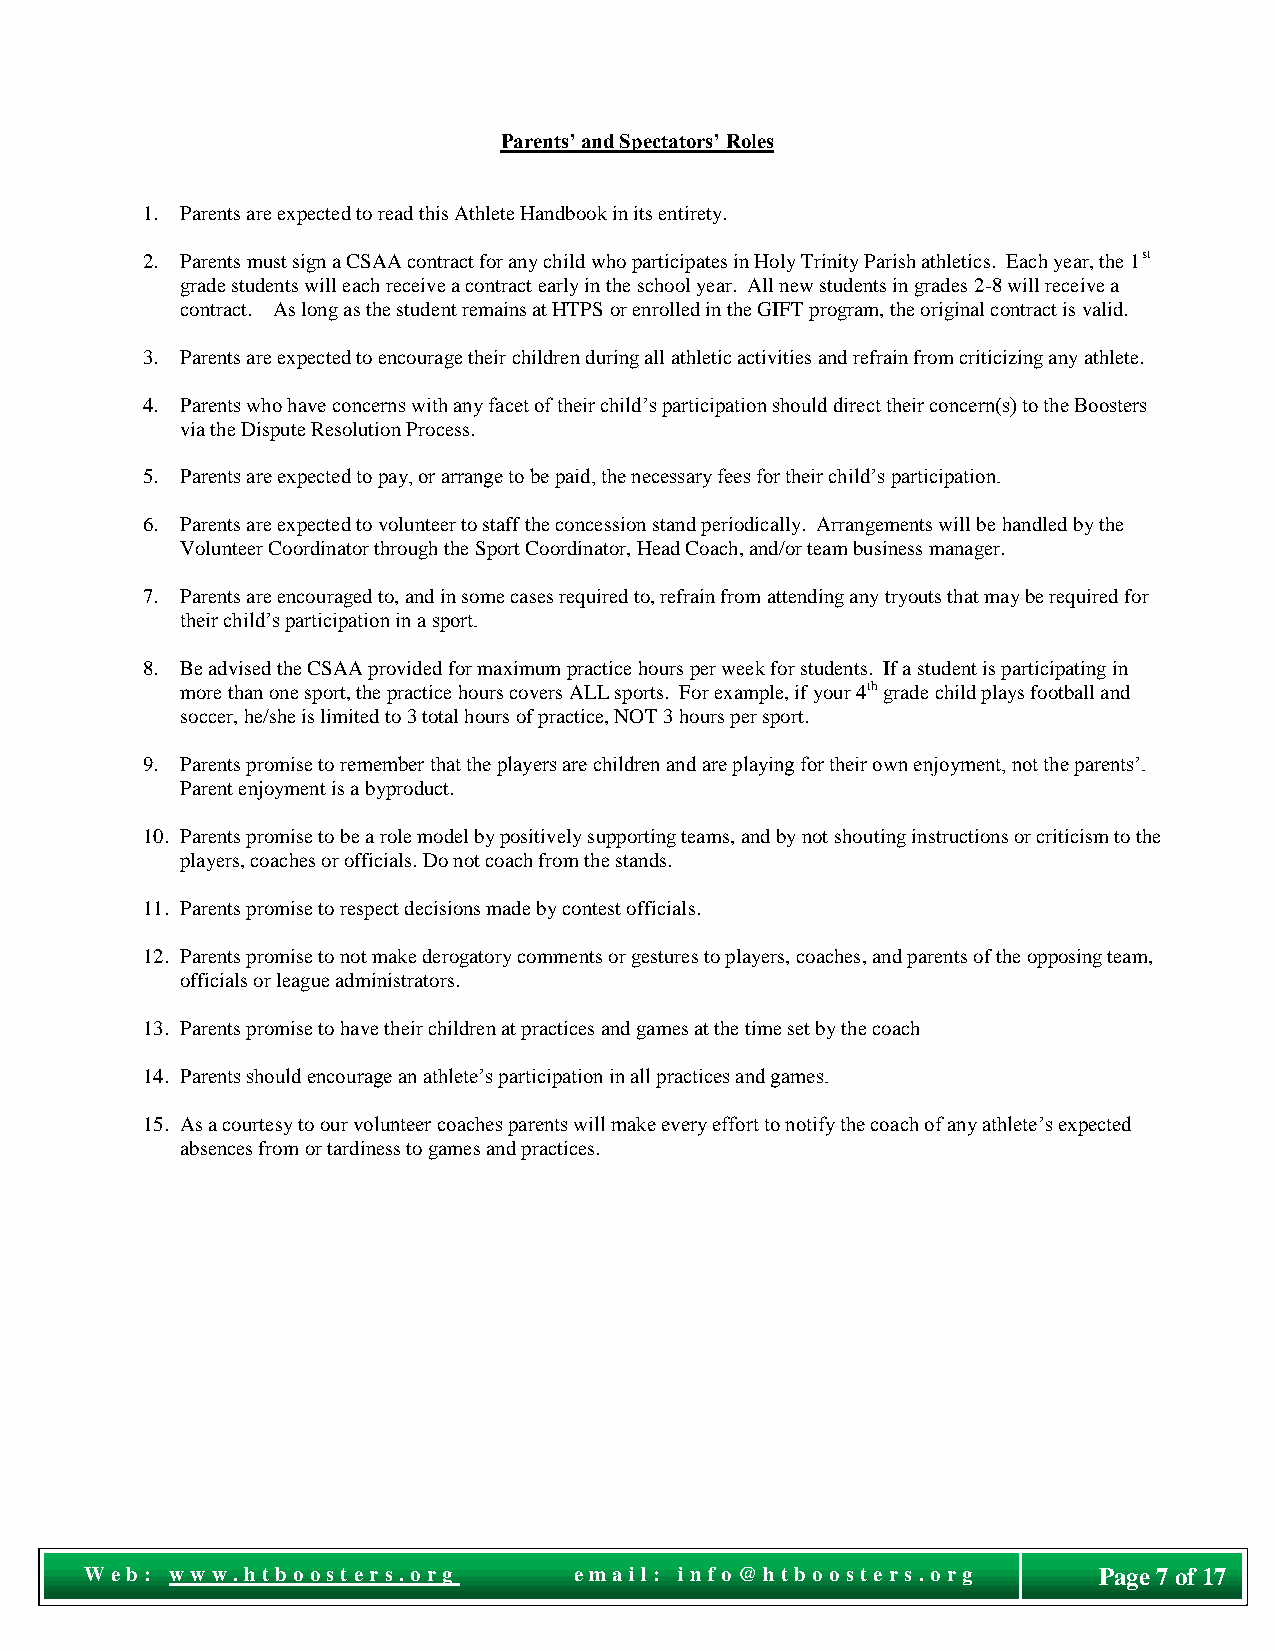
Parents’ and Spectators’ Roles
 1. Parents are expected to read this Athlete Handbook in its entirety.
 2. Parents must sign a CSAA contract for any child who participates in Holy Trinity Parish athletics. Each year, the 1st
 grade students will each receive a contract early in the school year. All new students in grades 2-8 will receive a
 contract. As long as the student remains at HTPS or enrolled in the GIFT program, the original contract is valid.
 3. Parents are expected to encourage their children during all athletic activities and refrain from criticizing any athlete.
 4. Parents who have concerns with any facet of their child’s participation should direct their concern(s) to the Boosters
 via the Dispute Resolution Process.
 5. Parents are expected to pay, or arrange to be paid, the necessary fees for their child’s participation.
 6. Parents are expected to volunteer to staff the concession stand periodically. Arrangements will be handled by the
 Volunteer Coordinator through the Sport Coordinator, Head Coach, and/or team business manager.
 7. Parents are encouraged to, and in some cases required to, refrain from attending any tryouts that may be required for
 their child’s participation in a sport.
 8. Be advised the CSAA provided for maximum practice hours per week for students. If a student is participating in
 more than one sport, the practice hours covers ALL sports. For example, if your 4th grade child plays football and
 soccer, he/she is limited to 3 total hours of practice, NOT 3 hours per sport.
 9. Parents promise to remember that the players are children and are playing for their own enjoyment, not the parents’.
 Parent enjoyment is a byproduct.
 10. Parents promise to be a role model by positively supporting teams, and by not shouting instructions or criticism to the
 players, coaches or officials. Do not coach from the stands.
 11. Parents promise to respect decisions made by contest officials.
 12. Parents promise to not make derogatory comments or gestures to players, coaches, and parents of the opposing team,
 officials or league administrators.
 13. Parents promise to have their children at practices and games at the time set by the coach
 14. Parents should encourage an athlete’s participation in all practices and games.
 15. As a courtesy to our volunteer coaches parents will make every effort to notify the coach of any athlete’s expected
 absences from or tardiness to games and practices.
 Pag
 We b : w ww . ht boost e r s. o r g e ma il: i nf o @ht bo o st e r s. o r g Page 7 of 17